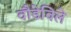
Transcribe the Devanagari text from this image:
वौडेविले